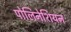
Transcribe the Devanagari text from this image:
पोलिनेशियन